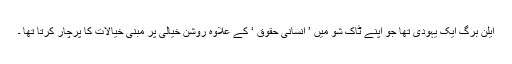
ایلن برگ ایک یہودی تھا جو اپنے ٹاک شو میں ’ انسانی حقوق ‘ کے علاوہ روشن خیالی پر مبنی خیالات کا پرچار کرتا تھا ۔